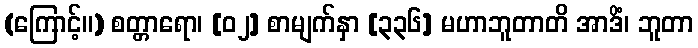
(ကြောင့်။) စတ္တာရော၊ [၀၂] စာမျက်နှာ [၃၃၆] မဟာဘူတာတိ အာဒိံ၊ ဘူတာ